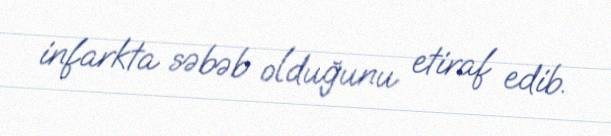
infarkta səbəb olduğunu etiraf edib.